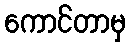
ကောင်တာမှ